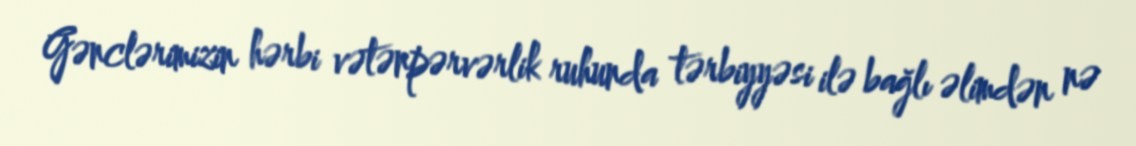
Gənclərimizin hərbi vətənpərvərlik ruhunda tərbiyyəsi ilə bağlı əlimdən nə